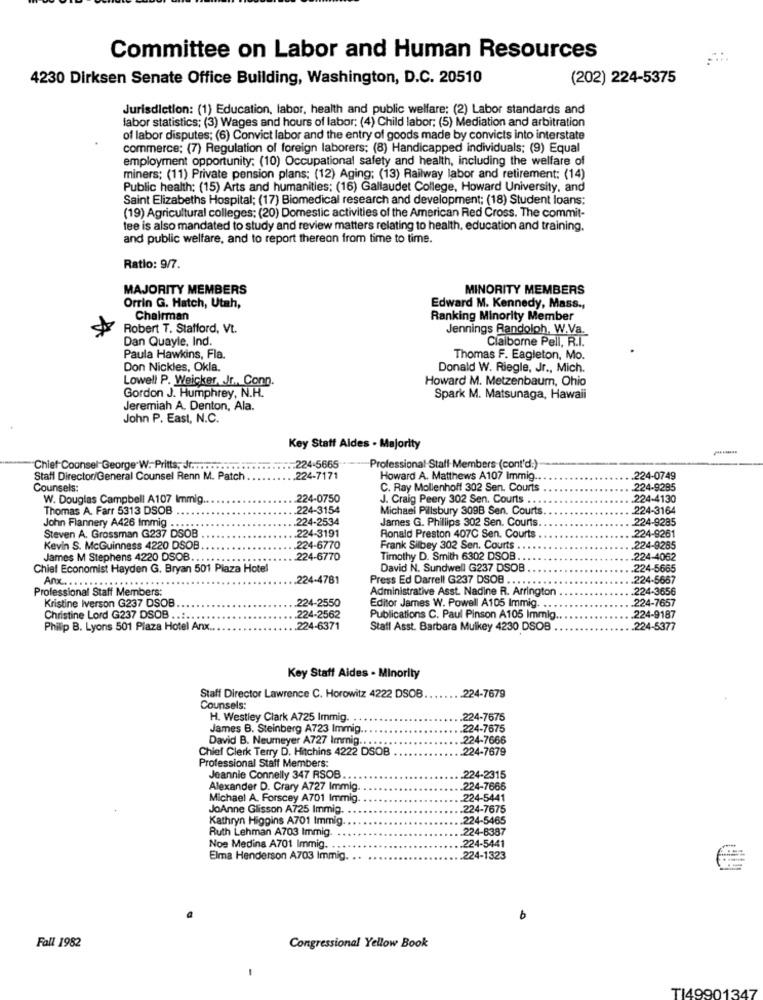
Committee on Labor and Human Resources
4230 Dirksen Senate Office Building, Washington, D.C. 20510
(202) 224-5375
Jurisdiction: (1) Education, labor, health and public welfare; (2) Labor standards and
labor statistics; (3) Wages and hours of labor; (4) Child labor; (5) Mediation and arbitration
of labor disputes; (6) Convict labor and the entry of goods made by convicts into interstate
commerce; (7) Regulation of foreign laborers; (8) Handicapped individuals; (9) Equal
employment opportunity: (10) Occupational safety and health, including the welfare of
miners; (11) Private pension plans; (12) Aging; (13) Railway labor and retirement: (14)
Public health: (15) Arts and humanities; (16) Gallaudet College, Howard University, and
Saint Elizabeths Hospital; (17) Biomedical research and development; (18) Student loans:
(19) Agricultural colleges: (20) Domestic activities of the American Red Cross. The commit-
tee is also mandated to study and review matters relating to health, education and training.
and public welfare, and to report thereon from time to time.
Ratio: 9/7.
MAJORITY MEMBERS
MINORITY MEMBERS
Orrin G. Hatch, Utah,
Edward M. Kennedy, Mass .,
Chairman
Ranking Minority Member
Robert T. Stafford, Vt.
Jennings Randolph, W.Va.
Dan Quayle. Ind.
Claiborne Pell, R.I.
Paula Hawkins, Fla.
Thomas F. Eagleton, Mo.
Don Nickles, Okla.
Donald W. Riegle, Jr ., Mich.
Lowell P. Weicker, Jr ., Conn.
Howard M. Metzenbaum, Ohio
Gordon J. Humphrey, N.H.
Spark M. Matsunaga, Hawaii
Jeremiah A. Denton, Ala.
John P. East, N.C.
Key Staff Aldes - Majority
Chief Counsel-George W. Pritts, dr .............
224-5665
Professional Staff Members (cont'd:)
Staff Director/General Counsel Renn M. Patch
224-7171
Howard A. Matthews A107 Immig ..
224-0749
Counsels:
C. Ray Mollenhoff 302 Sen. Courts
224-9285
W. Douglas Campbell A107 Immig ..
224-0750
J. Craig Peery 302 Sen. Courts ...
224-4130
Thomas A. Farr 5313 DSOB
.224-3154
Michael Pillsbury 309B Sen. Courts
224-3164
.224-2534
James G. Phillips 302 Sen. Courts
224-9285
John Flannery A426 Immig ...
Steven A. Grossman G237 DSOB
.224-3191
Ronald Preston 407C Sen. Courts
224-9261
Kevin S. McGuinness 4220 DSOB
.224-6770
Frank Silbey 302 Sen. Courts
224-9285
James M Stephens 4220 DSOB ..
224-6770
Timothy D. Smith 6302 DSOB
224-4062
Chief Economist Hayden G. Bryan 501 Plaza Hotel
David N. Sundwell G237 DSOB
.224-5665
.224-4781
Press Ed Darrell G237 DSOB ..
.224-5667
Professional Staff Members:
Anx .. .....**************
Administrative Asst. Nadine R. Arrington
224-3656
224-2550
Editor James W. Powell A105 Immig ..
224-7657
Kristine Iverson G237 DSOB
Christine Lord G237 DSOB ..... . ..
224-2562
Publications C. Paul Pinson A105 Immig
224-9187
Philip B. Lyons 501 Plaza Hotel Anx.
.224-6371
Staff Asst. Barbara Mulkey 4230 DSOB
.224-5377
Key Staff Aides - Minority
Staff Director Lawrence C. Horowitz 4222 DSOB
.224-7679
Counsels:
H. Westley Clark A725 Immig.
224-7675
James B. Steinberg A723 Immig.
.224-7675
David B. Neumeyer A727 Immig ...
.224-7666
Chief Clerk Terry D. Hitchins 4222 DSOB
224-7679
Professional Staff Members:
Jeannie Connelly 347 RSOB ..
224-2315
Alexander D. Crary A727 Immig
224-7666
Michael A. Forscey A701 Immig
.224-5441
JoAnne Glisson A725 Immig.
224-7675
Kathryn Higgins A701 Immig
.224-5465
Ruth Lehman A703 Immig
224-8387
Noe Medina A701 Immig. .
.224-5441
Elma Henderson A703 Immig.
.224-1323
Fall 1982
Congressional Yellow Book
TI49901347